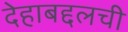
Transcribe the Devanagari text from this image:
देहाबद्दलची